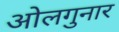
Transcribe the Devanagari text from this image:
ओलगुनार